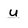
Character: u